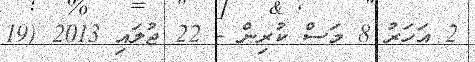
2 އަހަރު 8 މަސް ކުރިން - 22 ޖުލައި 2013 (19